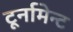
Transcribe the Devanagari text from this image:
टूर्नामेन्ट